Illuka_vallavalitsus, lk 18
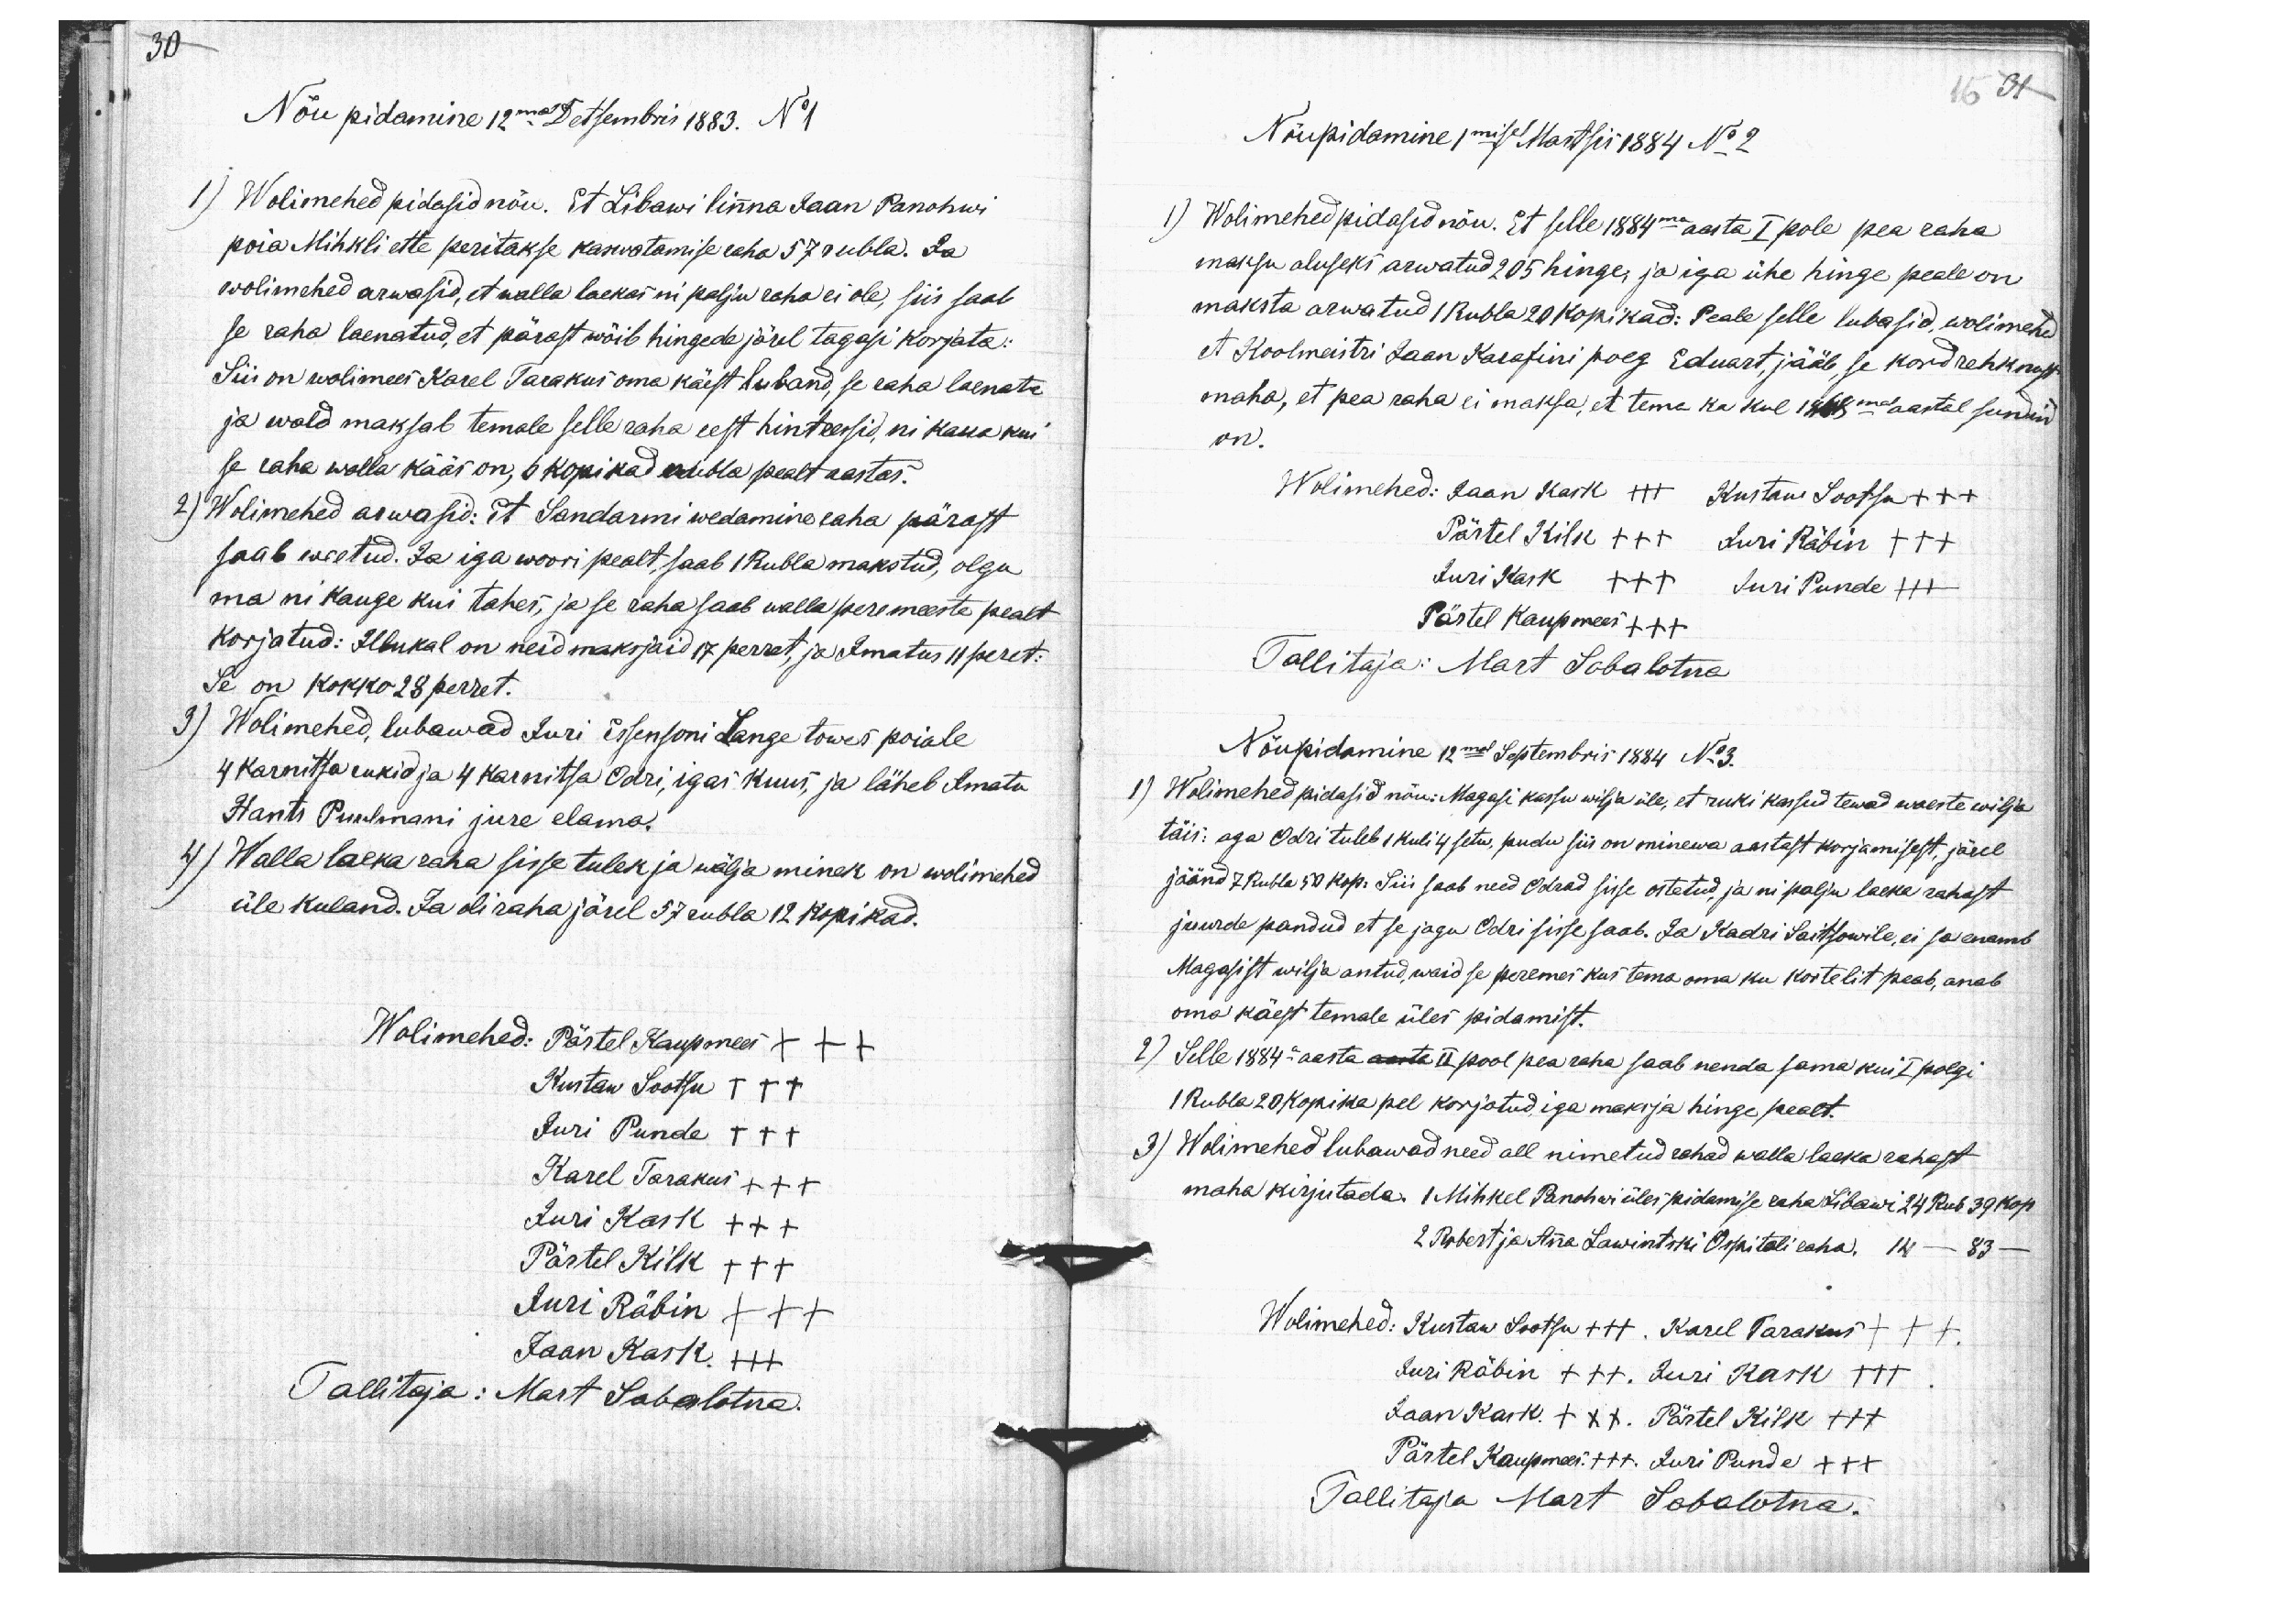
30

16 31

Nõu pidamine 12mal Detsembris 1883. No 1
1) Wolimehed pidasid nõu. Et Libawi linna Jaan Panohwi
poia Mihkli ette peritakse kaswatamise raha 57 rubla. Ja
wolimehed arwasid, et walla laekas ni palju raha ei ole, siis saab
se raha laenatud, et pärast wõib hingede järel tagasi korjata:
Siis on wolimees Karel Tarakus oma käest luband, se raha laenata
ja wald maksab temale selle raha eest hintressid, ni kaua kui
se raha walla kääs on, 6 kopikad rubla pealt aastas.
2) Wolimehed arwasid: Et Sandarmi wedamine raha pärast
saab weetud. Ja iga woori pealt, saab 1 Rubla makstud, olgu
ma ni kauge kui tahes, ja se raha saab walla peremeeste pealt
korjatud: Illukal on neid maksjaid 17 perret, ja Imatus 11 peret:
Se on kokko 28 perret.
3) Wolimehed, lubawad Juri Essensoni Lange tõwes poiale
4 karnitsa rukid ja 4 karnitsa Odri, igas kuus, ja läheb Imatu
Hants Puulmani jure elama.
4) Walla laeka raha sisse tulek ja wälja minek on wolimehed
üle kuland. Ja oli raha järel 57 rubla 12 kopikad.
Wolimehed: Pärtel Kaupmees XXX
Kustaw Sootsu XXX
Juri Punde XXX
Karel Tarakus XXX
Juri Kask XXX
Pärtel Kilk XXX
Juri Räbin XXX
Jaan Kask.
Tallitaja: Mart Sabalotna.

Nõupidamine 1misel Martsis 1884 No 2
1) Wolimehed pidasid nõu. Et selle 1884ma aasta I pole pea raha
maksu aluseks arwatud 205 hinge, ja iga ühe hinge peale on
maksta arwatud 1 Rubla 20 kopikad: Peale selle lubasid, wolimehed
et Koolmeistri Jaan Karafini poeg Eduart, jääb, se kord rehknust
maha, et pea raha ei maksa, et tema ka kul 1868mal aastal sundind
on.
Wolimehed: Jaan Kask XXX Kustaw Sootsa +++
Pärtel Kilk +++ Juri Räbin XXX
Juri Kask XXX  Juri Punde XXX
Pärtel Kaupmees XXX
Tallitaja: Mart Sabalotna
Nõupidamine 12mal Septembris 1884 No 3.
1) Wolimehed pidasid nõu: Magasi kassu wilja üle, et ruki kassud tewad waeste wilja
täis: aga Odri tuleb 1 kuli 4 setw, pudu siis on minewa aastast korjamisest, järel
jäänd 7 Rubla 50 kop: Siis saab need Odrad sisse ostetud, ja nii palju laeka rahast
juurde pandud et se jagu Odri sisse saab. Ja Kadri Saitsowile, ei sa enamb
Magasist wilja antud, waid se peremes kus tema oma ku kortelit peab, anab
oma käest temale üles pidamist.
2) Selle 1884a aasta aasta II pool pea raha saab nenda sama kui I polgi
1 Rubla 20 kopika pel korjatud, iga maksja hinge pealt.
3) Wolimehed lubawad need all nimetud rahad walla laeka rahast
maha kirjutada. 1 Mihkel Panohwi üles pidamise raha Libawi 24 Rub 39 kop
2 Robert ja Anna Lawintski Ospitali raha. 14 - 83 -
Wolimehed: Kustaw Sootsu +++. Karel Tarakus +++.
Juri Räbin +++. Juri Kask XXX.
Jaan Kask. XXX. Pärtel Kilk +++
Pärtel Kaupmees. +++. Juri Punde XXX
Tallitaja Mart Sobalotna.